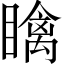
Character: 𥋼